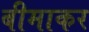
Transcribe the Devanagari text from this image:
बीमाकर